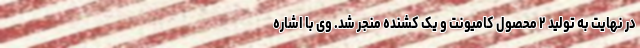
در نهایت به تولید ۲ محصول کامیونت و یک کشنده منجر شد. وی با اشاره